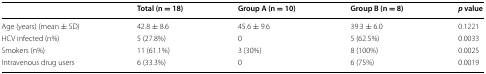
|  | Total (n = 18) | Group A (n = 10) | Group B (n = 8) | p value |
 | --- | --- | --- | --- | --- |
 | Age (years) (mean ± SD) | 42.8 ± 8.6 | 45.6 ± 9.6 | 39.3 ± 6.0 | 0.1221 |
 | HCV infected (n%) | 5 (27.8%) | 0 | 5 (62.5%) | 0.0033 |
 | Smokers (n%) | 11 (61.1%) | 3 (30%) | 8 (100%) | 0.0025 |
 | Intravenous drug users | 6 (33.3%) | 0 | 6 (75%) | 0.0019 |